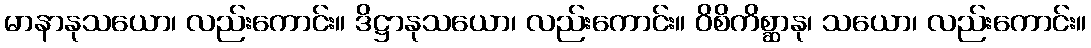
မာနာနုသယော၊ လည်းကောင်း။ ဒိဋ္ဌာနုသယော၊ လည်းကောင်း။ ဝိစိကိစ္ဆာနု၊ သယော၊ လည်းကောင်း။